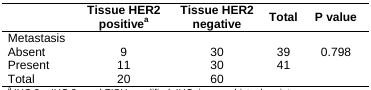
<table><thead><tr><td></td><td><b>Tissue HER2 positivea</b></td><td><b>Tissue HER2 negative</b></td><td><b>Total</b></td><td><b>P value</b></td></tr></thead><tbody><tr><td colspan="5">Metastasis</td></tr><tr><td>Absent</td><td>9</td><td>30</td><td>39</td><td>0.798</td></tr><tr><td>Present</td><td>11</td><td>30</td><td>41</td><td></td></tr><tr><td>Total</td><td>20</td><td>60</td><td></td><td></td></tr></tbody></table>